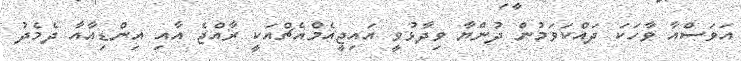
އަވަސްއާ ވާހަކަ ދައްކަވަމުން ދުންޔާ ވިދާޅުވީ އައިޖީއެމްއެޗްއަކީ ރާއްޖެ އާއި އިންޑިއާއާ ދެމެދު